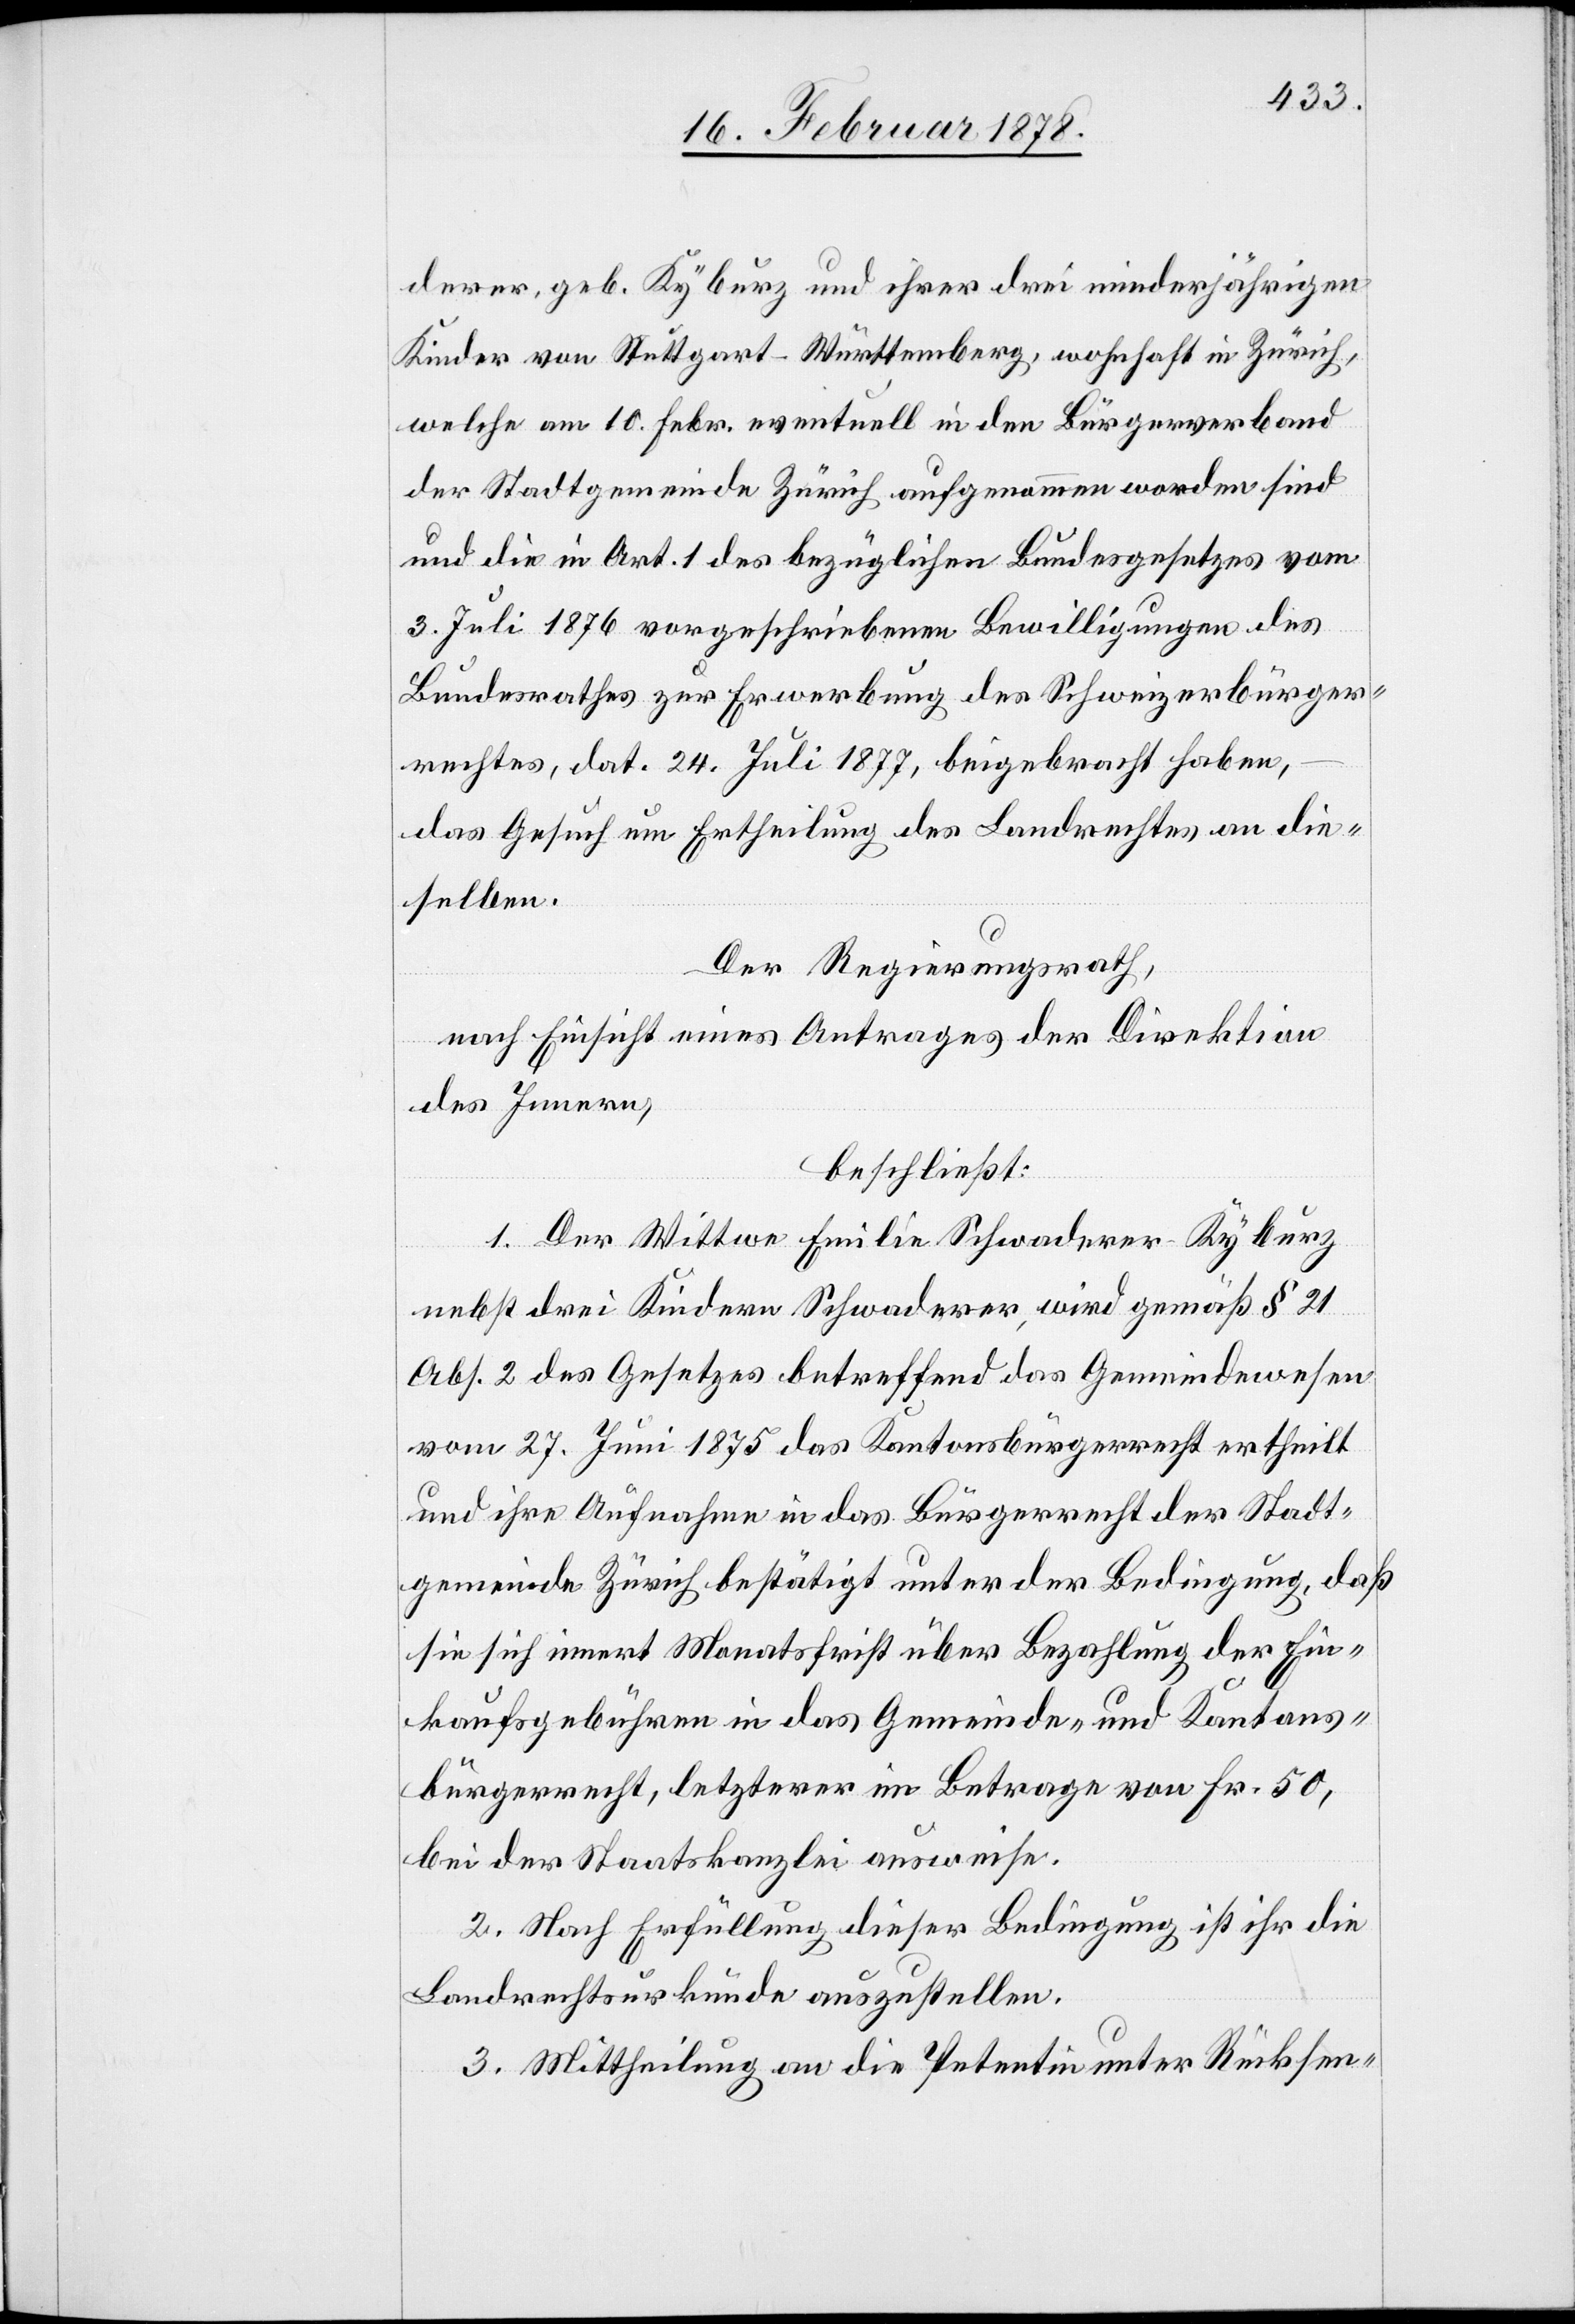
derer, geb. Kyburg und ihrer drei minderjährigen
Kinder von Stuttgart - Württemberg, wohnhaft in Zürich,
welche am 10. Febr. eventuell in den Bürgerverband
der Stadtgemeinde Zürich aufgenommen worden sind
und die in Art. 1 des bezüglichen Bundesgesetzes vom
3. Juli 1876 vorgeschriebenen Bewilligungen des
Bundesrathes zur Erwerbung des Schweizerbürger¬
rechtes, dat. 24. Juli 1877, beigebracht haben,
das Gesuch um Ertheilung des Landrechtes an die¬
selben.
Der Regierungsrath,
nach Einsicht eines Antrages der Direktion
des Innern,
beschließt:
1. Der Wittwe Emilie Schwaderer-Kyburg
nebst drei Kindern Schwaderer, wird gemäß § 21
Abs. 2 des Gesetzes betreffend das Gemeindewesen
vom 27. Juni 1875 das Kantonsbürgerrecht ertheilt
und ihre Aufnahme in das Bürgerrecht der Stadt¬
gemeinde Zürich bestätigt unter der Bedingung, daß
sie sich innert Monatsfrist über Bezahlung der Ein¬
kaufsgebühren in das Gemeinde- und Kantons¬
bürgerrecht, letzterer im Betrage von Fr. 50,
bei der Staatskanzlei ausweise.
2. Nach Erfüllung dieser Bedingung ist ihr die
Landrechtsurkunde auszustellen.
3. Mittheilung an die Petentin unter Rücksen-